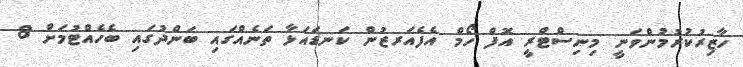
ހާޒިރުކުރުމުންވަނީ މިނިސްޓްރީ އޮފް ހޯމް އެފެއަރޒުން ކަނޑައަޅާ ތަނެއްގައި ބަންދުގައި ބެހެއްޓުމަށް 8